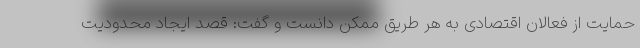
حمایت از فعالان اقتصادی به هر طریق ممکن دانست و گفت: قصد ایجاد محدودیت